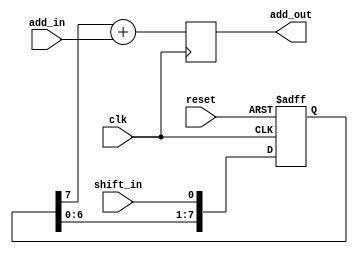
module shift_add_register (
    input wire clk,
    input wire reset,
    input wire shift_in,
    input wire add_in,
    output reg add_out
);

reg [7:0] shift_reg;

always @(posedge clk or posedge reset)
begin 
    if (reset)
        shift_reg <= 8'b0;
    else
        shift_reg <= {shift_reg[6:0], shift_in};
end

always @(posedge clk)
begin 
    add_out <= shift_reg[7] + add_in;
end

endmodule